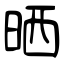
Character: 晒